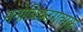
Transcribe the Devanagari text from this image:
मनोविकारात्मक